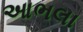
આભલા